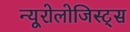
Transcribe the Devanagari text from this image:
न्यूरोलोजिस्ट्स